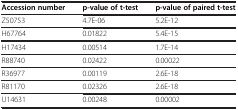
| Accession number | p-value of t-test | p-value of paired t-test |
 | --- | --- | --- |
 | Z50753 | 4.7E-06 | 5.2E-12 |
 | H67764 | 0.01822 | 5.4E-15 |
 | H17434 | 0.00514 | 1.7E-14 |
 | R88740 | 0.02422 | 0.00022 |
 | R36977 | 0.00119 | 2.6E-18 |
 | R81170 | 0.02326 | 2.6E-18 |
 | U14631 | 0.00248 | 0.00002 |